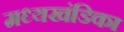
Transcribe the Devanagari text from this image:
मध्यखंडिका